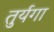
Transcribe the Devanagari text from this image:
तुर्यगा